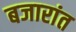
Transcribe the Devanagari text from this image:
बजारांत